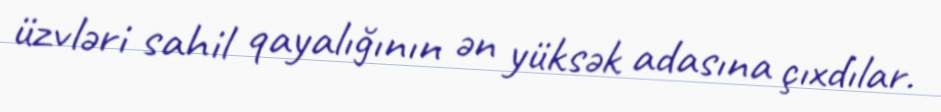
üzvləri sahil qayalığının ən yüksək adasına çıxdılar.